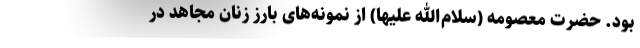
بود. حضرت معصومه (سلام‌الله علیها) از نمونه‌های بارز زنان مجاهد در